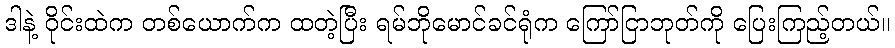
ဒါနဲ့ ဝိုင်းထဲက တစ်ယောက်က ထတဲ့ပြီး ရမ်ဘိုမောင်ခင်ရုံက ကြော်ငြာဘုတ်ကို ပြေးကြည့်တယ်။